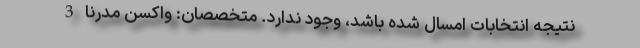
نتیجه انتخابات امسال شده باشد، وجود ندارد. متخصصان: واکسن مدرنا 3